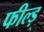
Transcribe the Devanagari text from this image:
फील्ड़